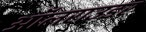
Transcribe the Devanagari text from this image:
ऑलराउडर